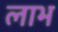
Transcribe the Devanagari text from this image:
लाभ